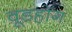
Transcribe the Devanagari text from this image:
वूडहॉग